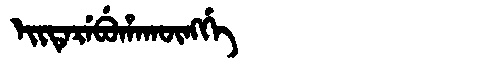
Manchu: ᡝᡳᡨᡝᡵᡝᠪᡠᡥᠠᡴᡡᠩᡤᡝ
Romanization: EITEREBUHAKŪNGGE